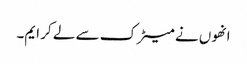
انھوں نے میٹرک سے لے کر ایم۔